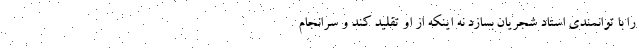
را با توانمندی استاد شجریان بسازد نه اینکه از او تقلید کند و سرانجام